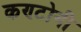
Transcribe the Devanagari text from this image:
कण्टोनी